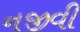
નજીવી